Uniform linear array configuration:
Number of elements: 64
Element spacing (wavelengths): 0.25
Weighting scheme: uniform
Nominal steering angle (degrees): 15
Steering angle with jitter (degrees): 15.47
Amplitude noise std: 0.05
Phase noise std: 0.05

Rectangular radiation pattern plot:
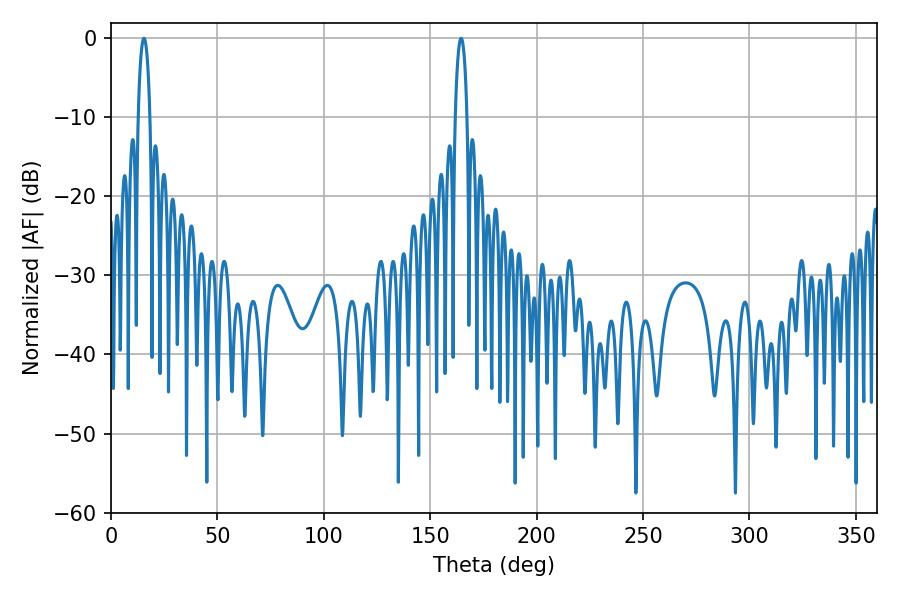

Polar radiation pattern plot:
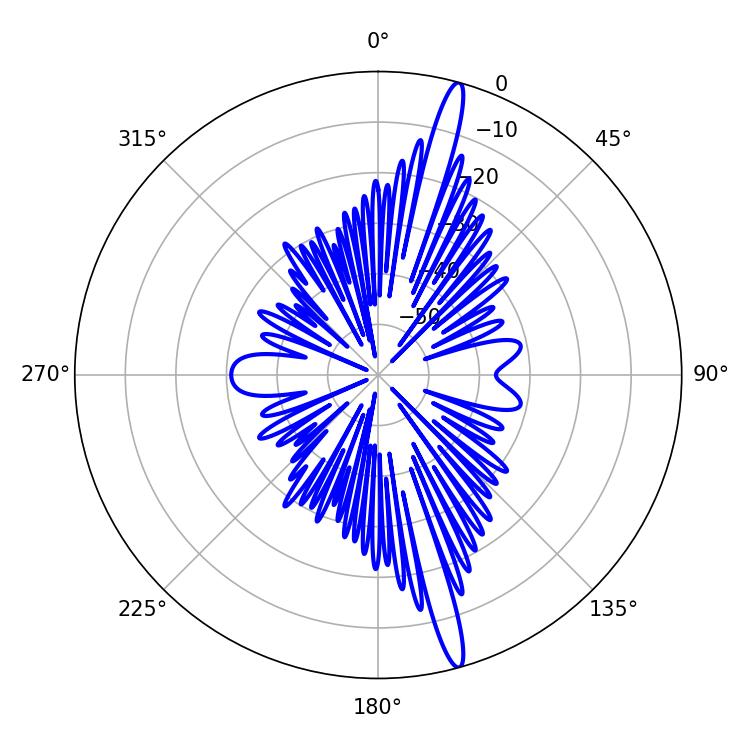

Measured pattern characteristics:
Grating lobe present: FALSE
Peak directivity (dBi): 17.642
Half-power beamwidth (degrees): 3.24
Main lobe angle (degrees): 15.48